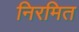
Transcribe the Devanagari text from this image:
निरमित